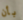
بأن